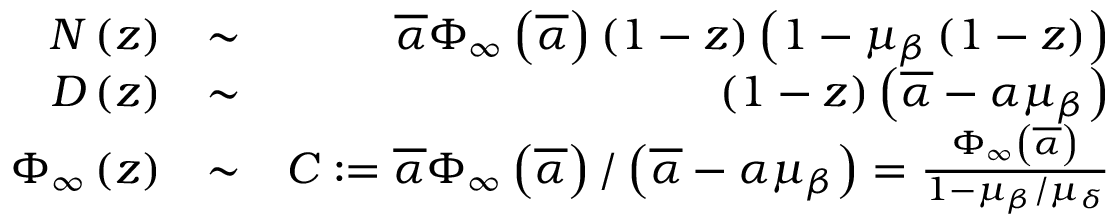
\begin{array} { r l r } { { \cal N } \left( z \right) } & { \sim } & { \overline { { \alpha } } \Phi _ { \infty } \left( \overline { { \alpha } } \right) \left( 1 - z \right) \left( 1 - \mu _ { \beta } \left( 1 - z \right) \right) } \\ { { \cal D } \left( z \right) } & { \sim } & { \left( 1 - z \right) \left( \overline { { \alpha } } - \alpha \mu _ { \beta } \right) } \\ { \Phi _ { \infty } \left( z \right) } & { \sim } & { C : = \overline { { \alpha } } \Phi _ { \infty } \left( \overline { { \alpha } } \right) / \left( \overline { { \alpha } } - \alpha \mu _ { \beta } \right) = \frac { \Phi _ { \infty } \left( \overline { { \alpha } } \right) } { 1 - \mu _ { \beta } / \mu _ { \delta } } } \end{array}